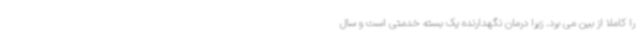
را کاملا از بین می برد. زیرا درمان نگهدارنده یک بسته خدمتی است و سال